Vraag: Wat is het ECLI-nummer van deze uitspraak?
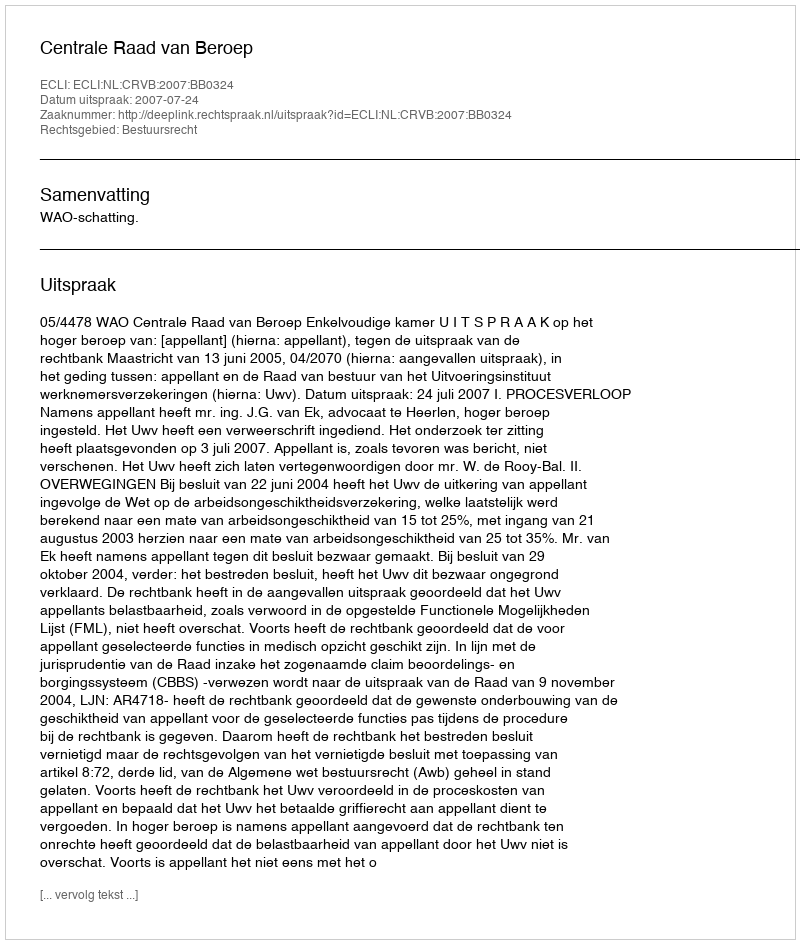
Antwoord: ECLI:NL:CRVB:2007:BB0324